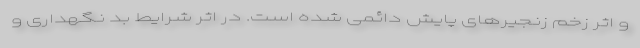
و اثر زخم زنجیر‌های پایش دائمی شده است. در اثر شرایط بد نگهداری و